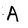
Character: A